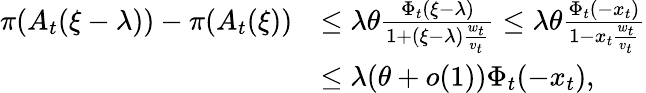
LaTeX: \begin{array}{rl}{\pi(A_{t}(\xi-\lambda))-\pi(A_{t}(\xi))}&{\leq\lambda\theta\frac{\Phi_{t}(\xi-\lambda)}{1+(\xi-\lambda)\frac{w_{t}}{v_{t}}}\leq\lambda\theta\frac{\Phi_{t}(-x_{t})}{1-x_{t}\frac{w_{t}}{v_{t}}}}\\ &{\leq\lambda(\theta+o(1))\Phi_{t}(-x_{t}),}\end{array}